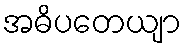
အဓိပတေယျာ